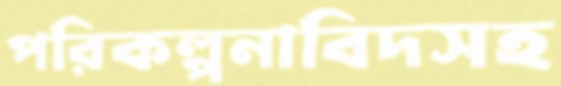
পরিকল্পনাবিদসহ